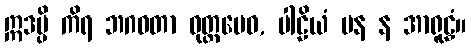
ဣဒမ္ပိ ကိရ ဘဂဝတာ ဝုတ္တမေဝ, ပါဠိယံ ပန န အာရူဠှံ။